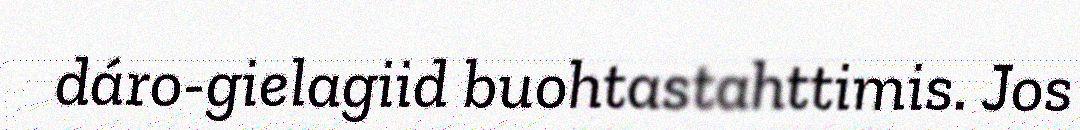
dáro-gielagiid buohtastahttimis. Jos